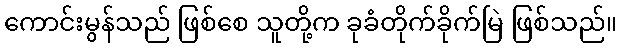
ကောင်းမွန်သည် ဖြစ်စေ သူတို့က ခုခံတိုက်ခိုက်မြဲ ဖြစ်သည်။